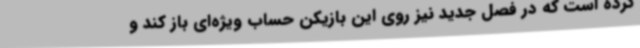
کرده است که در فصل جدید نیز روی این بازیکن حساب ویژه‌ای باز کند و